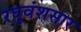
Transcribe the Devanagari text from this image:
रघुवंशसार